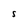
Character: S